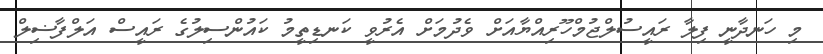
މި ހަނދާނީ ފިލާ ރައީސުލްޖުމްހޫރިއްޔާއަށް ވެދުމަށް އެރުވީ ކަނޑިތީމު ކައުންސިލުގެ ރައީސް އަލްފާޟިލް